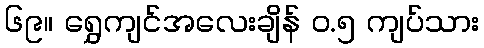
၆၉။ ရွှေကျင်အလေးချိန် ၀.၅ ကျပ်သား